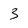
Character: 3